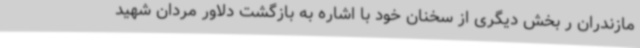
مازندران ر بخش دیگری از سخنان خود با اشاره به بازگشت دلاور مردان شهید